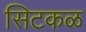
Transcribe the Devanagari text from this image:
सिटकळ